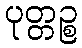
ပုတ္တဉ္စ